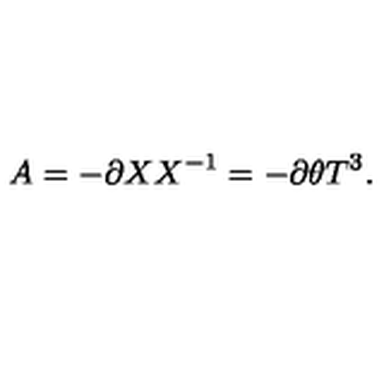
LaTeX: A = - \partial X X ^ { - 1 } = - \partial \theta T ^ { 3 } .